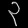
Digit: ၃